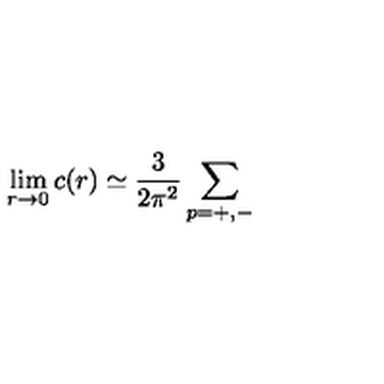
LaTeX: \lim _ { r \rightarrow 0 } c ( r ) \simeq \frac { 3 } { 2 \pi ^ { 2 } } \sum _ { p = + , - }